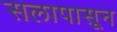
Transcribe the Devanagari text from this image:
सलापासून